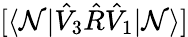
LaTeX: [\langle\mathcal{N}|\hat{{V}}_{3}\hat{{R}}\hat{{V}}_{1}|\mathcal{N}\rangle]